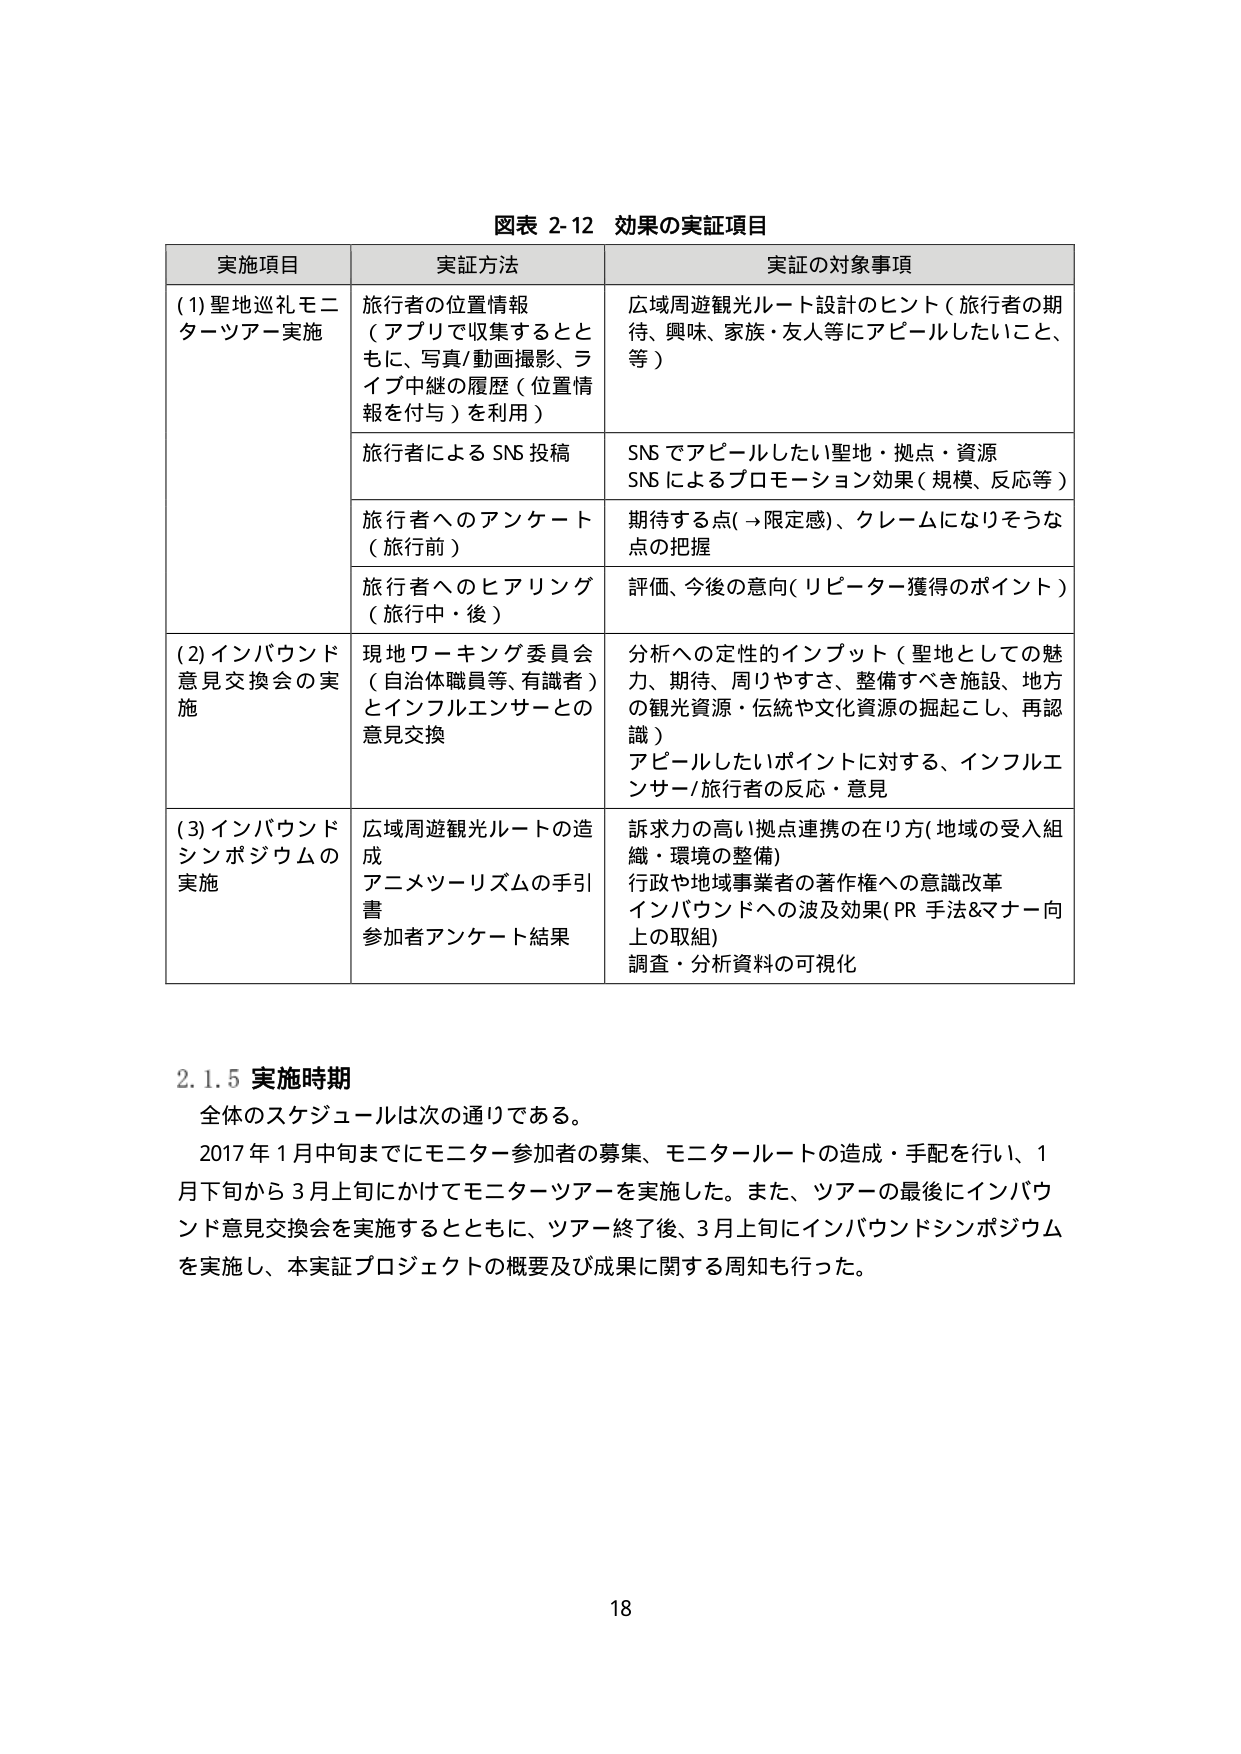
図表 2-12 効果の実証項目

実施項目 実証方法 実証の対象事項

(1) 聖地巡礼モニターツアー実施
旅行者の位置情報
（アプリで収集するとともに、写真/動画撮影、ライブ中継の履歴（位置情報を付与）を利用）
広域周遊観光ルート設計のヒント（旅行者の期待、興味、家族・友人等にアピールしたいこと、等）

旅行者による SNS 投稿
SNS でアピールしたい聖地・拠点・資源
SNS によるプロモーション効果（規模、反応等）

旅行者へのアンケート（旅行前）
期待する点（→限定感）、クレームになりそうな点の把握

旅行者へのヒアリング（旅行中・後）
評価、今後の意向（リピーター獲得のポイント）

(2) インバウンド意見交換会の実施
現地ワーキング委員会（自治体職員等、有識者）とインフルエンサーとの意見交換
分析への定性的インプット（聖地としての魅力、期待、周りやすさ、整備すべき施設、地方の観光資源・伝統や文化資源の掘起こし、再認識）
アピールしたいポイントに対する、インフルエンサー/旅行者の反応・意見

(3) インバウンドシンポジウムの実施
広域周遊観光ルートの造成
アニメツーリズムの手引書
参加者アンケート結果
訴求力の高い拠点連携の在り方（地域の受入組織・環境の整備）
行政や地域事業者の著作権への意識改革
インバウンドへの波及効果（PR 手法＆マナー向上の取組）
調査・分析資料の可視化

2.1.5 実施時期
全体のスケジュールは次の通りである。
2017年1月中旬までにモニター参加者の募集、モニタールートの造成・手配を行い、1月下旬から3月上旬にかけてモニターツアーを実施した。また、ツアーの最後にインバウンド意見交換会を実施するとともに、ツアー終了後、3月上旬にインバウンドシンポジウムを実施し、本実証プロジェクトの概要及び成果に関する周知も行った。

18